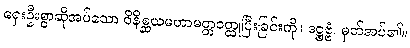
ရှေးဦးစွာဆိုအပ်သော ဝိနိစ္ဆယမဟာမတ္တဝတ္ထုပြီးခြင်းကို။ ဒဋ္ဌဗ္ဗံ၊ မှတ်အပ်၏။